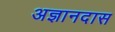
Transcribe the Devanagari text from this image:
अज्ञानदास